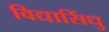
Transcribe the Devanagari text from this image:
विद्यासिंधु